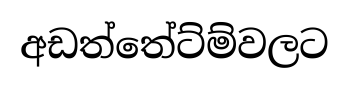
අඩත්තේට්ම්වලට